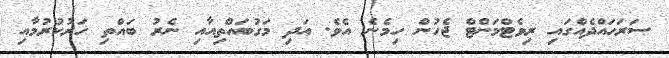
ސަރަޙައްދެއްގައި ރިވެޓްމަންޓް ޖެހުން ހިމެނެ އެވެ. އަދި މަގުބައްތިއާއި ނެރު ބައްތި ހަރުކުރުމާއި